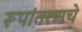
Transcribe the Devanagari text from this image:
रूपांतरणचे